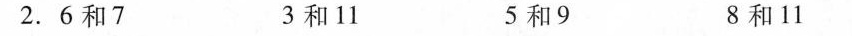
2.6和7 3和11 5和9 8和11